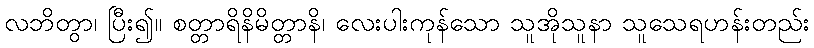
လဘိတွာ၊ ပြီး၍။ စတ္တာရိနိမိတ္တာနိ၊ လေးပါးကုန်သော သူအိုသူနာ သူသေရဟန်းတည်း